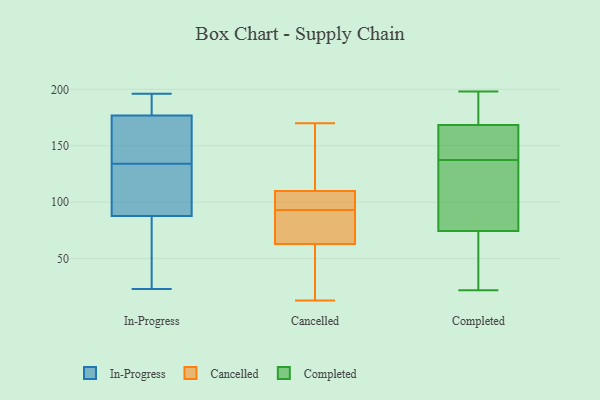
{"axis": {"x": "LTV (USD)", "y": "Value"}, "legend": ["Cancelled", "Completed", "In-Progress"], "data": [{"x": "", "y": 86, "type": "In-Progress"}, {"x": "", "y": 134, "type": "In-Progress"}, {"x": "", "y": 117, "type": "In-Progress"}, {"x": "", "y": 84, "type": "In-Progress"}, {"x": "", "y": 161, "type": "In-Progress"}, {"x": "", "y": 182, "type": "In-Progress"}, {"x": "", "y": 138, "type": "In-Progress"}, {"x": "", "y": 196, "type": "In-Progress"}, {"x": "", "y": 189, "type": "In-Progress"}, {"x": "", "y": 192, "type": "In-Progress"}, {"x": "", "y": 147, "type": "In-Progress"}, {"x": "", "y": 134, "type": "In-Progress"}, {"x": "", "y": 93, "type": "In-Progress"}, {"x": "", "y": 23, "type": "In-Progress"}, {"x": "", "y": 60, "type": "In-Progress"}, {"x": "", "y": 13, "type": "Cancelled"}, {"x": "", "y": 153, "type": "Cancelled"}, {"x": "", "y": 63, "type": "Cancelled"}, {"x": "", "y": 86, "type": "Cancelled"}, {"x": "", "y": 170, "type": "Cancelled"}, {"x": "", "y": 101, "type": "Cancelled"}, {"x": "", "y": 110, "type": "Cancelled"}, {"x": "", "y": 96, "type": "Cancelled"}, {"x": "", "y": 90, "type": "Cancelled"}, {"x": "", "y": 21, "type": "Cancelled"}, {"x": "", "y": 47, "type": "Completed"}, {"x": "", "y": 33, "type": "Completed"}, {"x": "", "y": 198, "type": "Completed"}, {"x": "", "y": 60, "type": "Completed"}, {"x": "", "y": 26, "type": "Completed"}, {"x": "", "y": 150, "type": "Completed"}, {"x": "", "y": 186, "type": "Completed"}, {"x": "", "y": 130, "type": "Completed"}, {"x": "", "y": 89, "type": "Completed"}, {"x": "", "y": 192, "type": "Completed"}, {"x": "", "y": 154, "type": "Completed"}, {"x": "", "y": 143, "type": "Completed"}, {"x": "", "y": 22, "type": "Completed"}, {"x": "", "y": 125, "type": "Completed"}, {"x": "", "y": 144, "type": "Completed"}, {"x": "", "y": 132, "type": "Completed"}, {"x": "", "y": 115, "type": "Completed"}, {"x": "", "y": 183, "type": "Completed"}, {"x": "", "y": 147, "type": "Completed"}, {"x": "", "y": 186, "type": "Completed"}]}